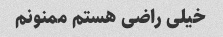
خیلی راضی هستم ممنونم